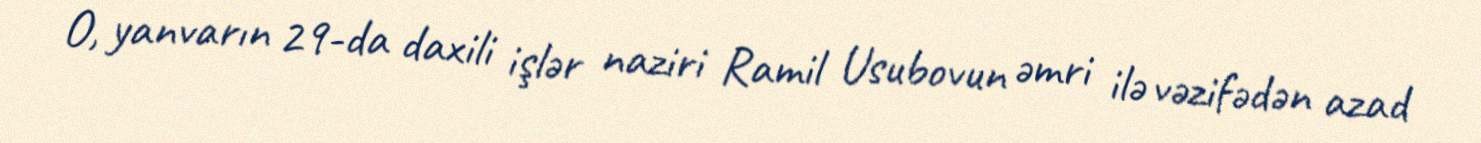
O, yanvarın 29-da daxili işlər naziri Ramil Usubovun əmri ilə vəzifədən azad